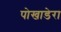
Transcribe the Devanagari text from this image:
पोखाडेरा